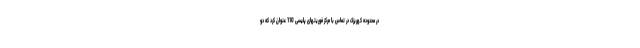
در محدوده کهریزک در تماس با مرکز فوریتهای پلیسی 110 عنوان کرد که دو